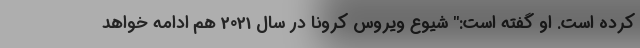
کرده است. او گفته است:" شیوع ویروس کرونا در سال 2021 هم ادامه خواهد